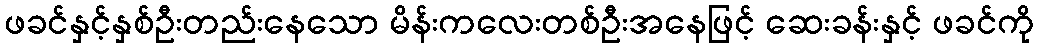
ဖခင်နှင့်နှစ်ဦးတည်းနေသော မိန်းကလေးတစ်ဦးအနေဖြင့် ဆေးခန်းနှင့် ဖခင်ကို